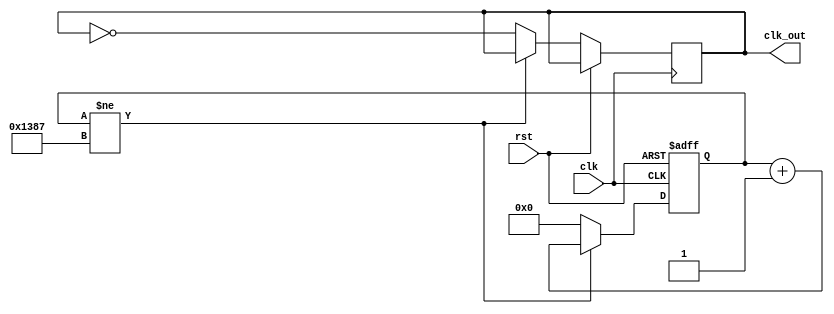
`timescale 1ns / 1ps

module clkDiv#(parameter n = 5000) (input clk, rst, output reg clk_out);
    reg[31:0] cnt;
    always @(posedge clk, posedge rst) begin
        if(rst) cnt<=0;
        else begin
            if(cnt != n-1)cnt <= cnt+1;
            else begin
                cnt <=0;
                clk_out = ~clk_out;
            end     
        end
    end
endmodule